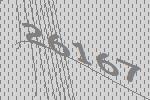
26167